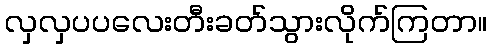
လှလှပပလေးတီးခတ်သွားလိုက်ကြတာ။